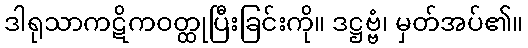
ဒါရုသာကဋိကဝတ္ထုပြီးခြင်းကို။ ဒဋ္ဌဗ္ဗံ၊ မှတ်အပ်၏။